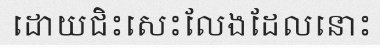
ដោយជិះសេះលែងដែលនោះ